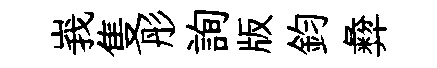
峩隻彤詢版鈞彜